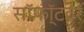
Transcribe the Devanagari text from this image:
सॉफॉ्टवेर